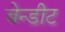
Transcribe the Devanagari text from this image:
बेन्डीट